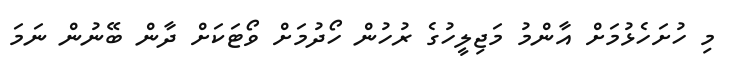
މި ހުށަހެޅުމަށް އާންމު މަޖިލީހުގެ ރުހުން ހޯދުމަށް ވޯޓަކަށް ދާން ބޭނުން ނަމަ